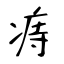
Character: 痔